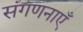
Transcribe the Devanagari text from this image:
संगणनाएँ